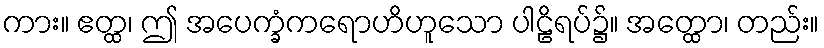
ကား။ ဧတ္ထ၊ ဤ အပေက္ခံကရောဟိဟူသော ပါဠိရပ်၌။ အတ္ထော၊ တည်း။